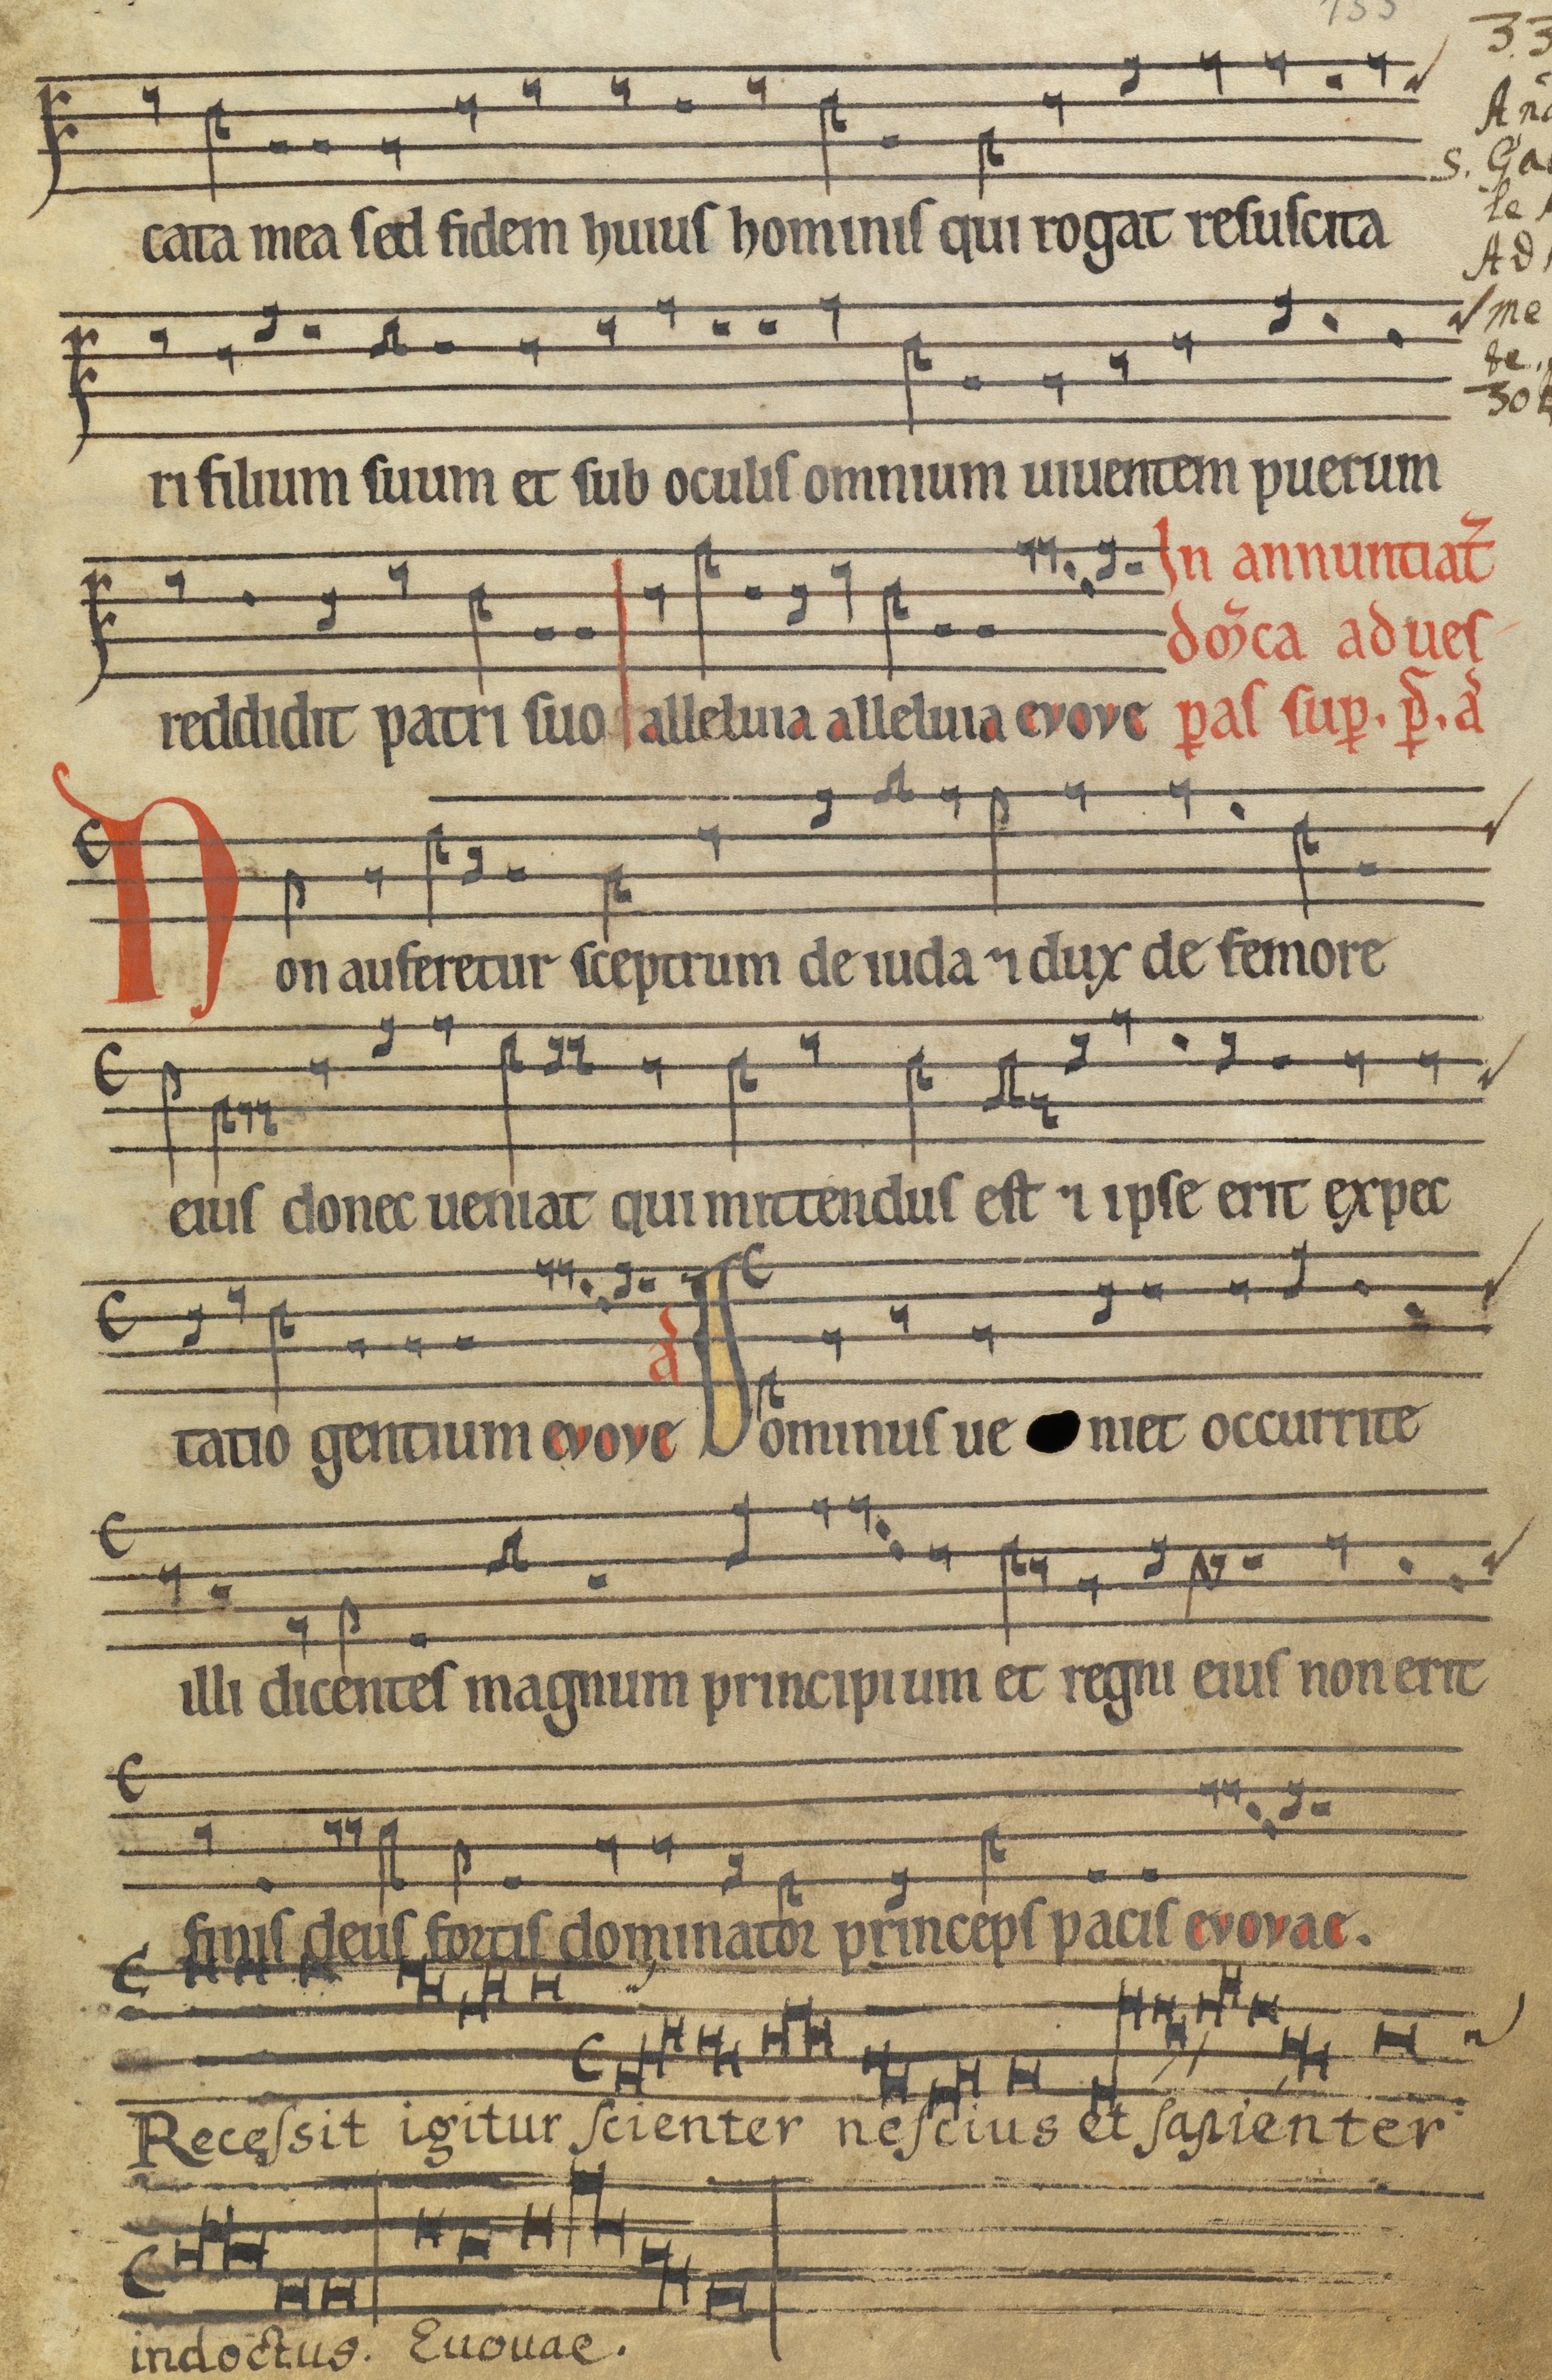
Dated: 1185–1215